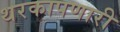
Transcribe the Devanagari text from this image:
थरकापणारी